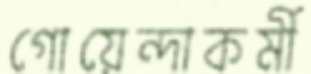
গোয়েন্দাকর্মী